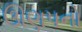
ઊણપનો